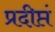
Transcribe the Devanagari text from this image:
प्रदीप्तं